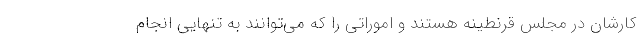
کارشان در مجلس قرنطینه هستند و اموراتی را که می‌توانند به تنهایی انجام